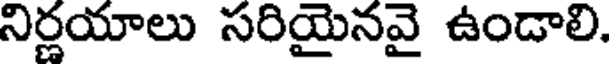
నిర్ణయాలు సరియైనవై ఉండాలి.